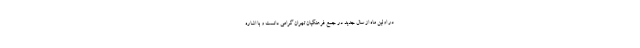
در اولین ماه از سال جدید در جمع فرهنگیان تهران گرامی دانست و با اشاره